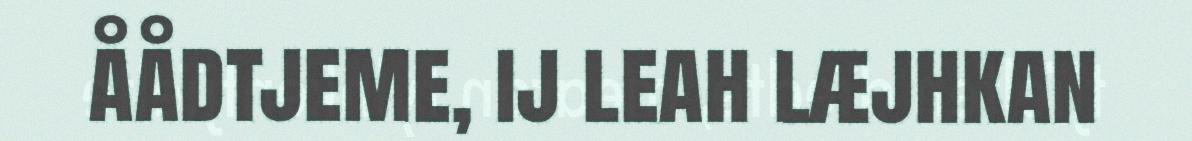
åådtjeme, ij leah læjhkan